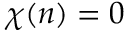
\chi ( n ) = 0